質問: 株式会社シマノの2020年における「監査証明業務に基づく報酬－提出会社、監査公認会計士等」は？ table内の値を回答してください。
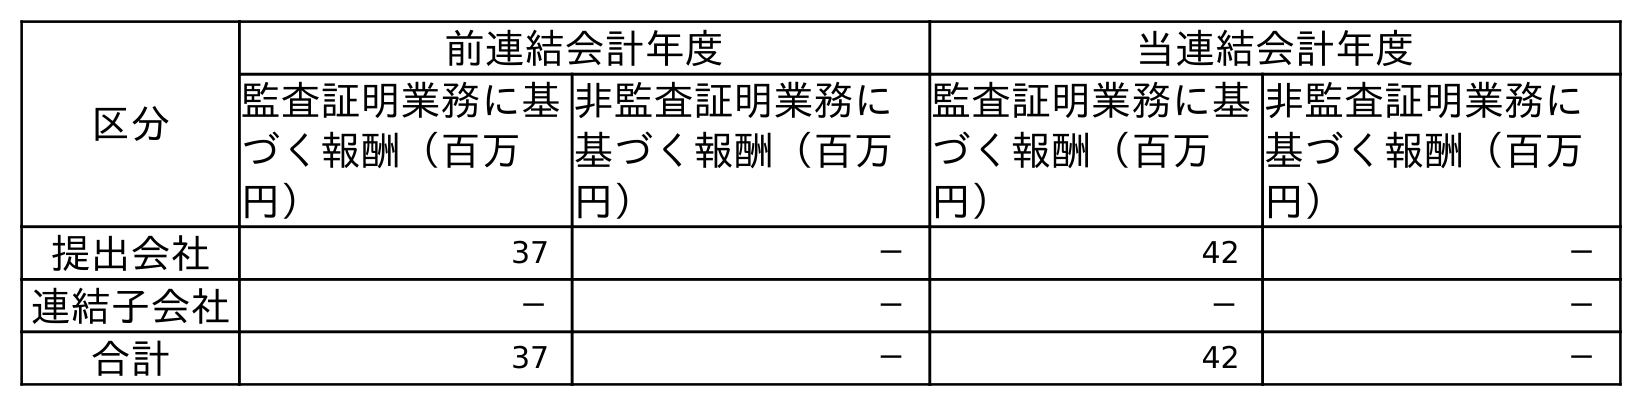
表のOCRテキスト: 区分 前連結会計年度 当連結会計年度 監査証明業務に基 づく報酬（百万 円） 非監査証明業務に 基づく報酬（百万 円） 監査証明業務に基 づく報酬（百万 円） 非監査証明業務に 基づく報酬（百万 円） 提出会社 37 － 42 － 連結子会社 － － － － 合計 37 － 42 －
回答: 42